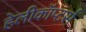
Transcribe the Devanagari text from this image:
हेलीकॉप्टर्स